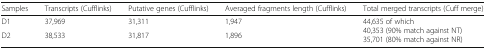
| Samples | Transcripts (Cufflinks) | Putative genes (Cufflinks) | Averaged fragments length (Cufflinks) | Total merged transcripts (Cuff merge) |
 | --- | --- | --- | --- | --- |
 | D1 | 37,969 | 31,311 | 1,947 | <ROWSPAN=2> 44,635 of which40,353 (90% match against NT)35,701 (80% match against NR) |
 | D2 | 38,533 | 31,817 | 1,896 |